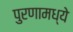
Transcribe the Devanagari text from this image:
पुरणामध्ये